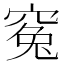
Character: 𥦱